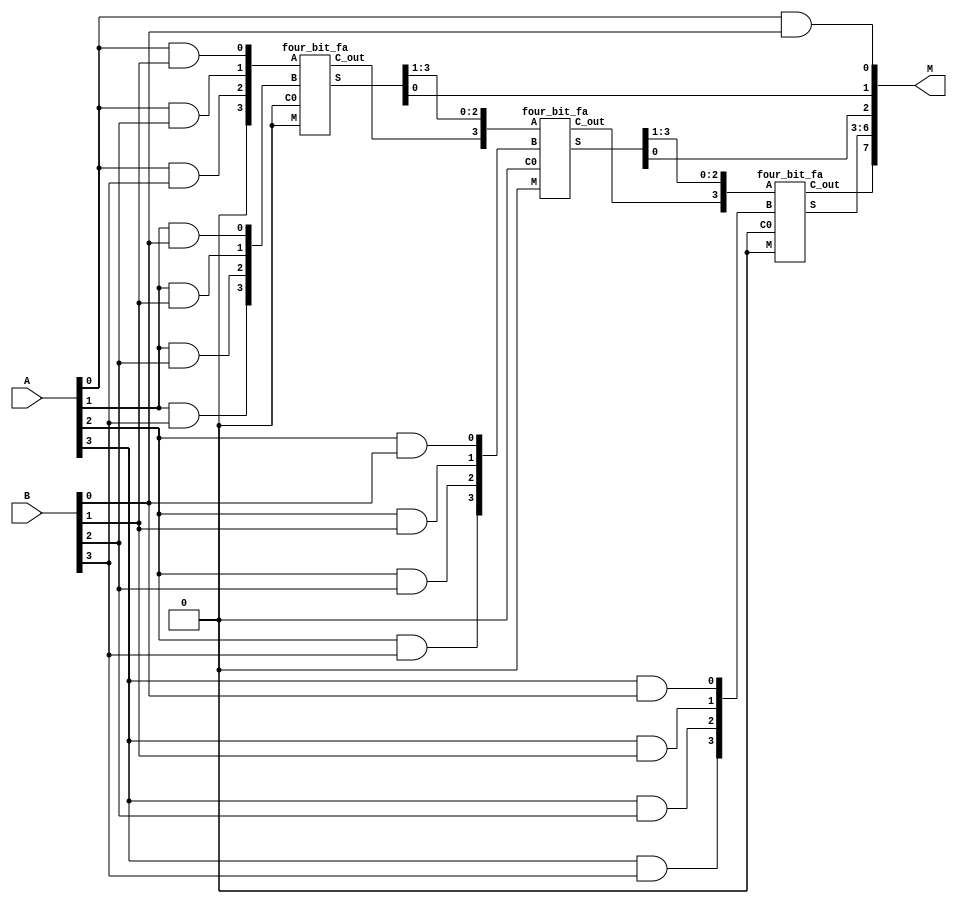
// complete this module
// you SHOULD use the structural coding, 
// which directly describes the hardware 
// components and connections.
// 	Tip: {A,B} is the concatenation of A and B
// 	if A is 3 bit and B is 2 bit, {A,B} is 5 bit.
// 	Example:
// 	for	reg [3:0] A, B;
//	{A[2:0],B[3:2]} is equal to A[2]A[1]A[0]B[3]B[2] (5bit)
module mul4b(M,A,B);
	input [3:0] A, B;
	output [7:0] M;
	wire [3:0] z1,z2,z3,z4,z5,z6,z7,z8,z9,w1,w2,w3;
	wire[2:0] carry;
	
	assign M[0] = A[0]&B[0];
	assign z1[0] = A[0]&B[1];
	assign z1[1] = A[0]&B[2];
	assign z1[2] = A[0]&B[3];
	assign z1[3] = 0;
	
	and(z2[0],A[1],B[0]);
	and(z2[1],A[1],B[1]);
	and(z2[2],A[1],B[2]);
	and(z2[3],A[1],B[3]);
	
	four_bit_fa f0(1'b0,1'b0,z3,carry[0],z1,z2);
	
	assign M[1] = z3[0];
	
	and(z4[0],A[2],B[0]);
	and(z4[1],A[2],B[1]);
	and(z4[2],A[2],B[2]);
	and(z4[3],A[2],B[3]);
	assign w1 = {1'b0, z3[3],z3[2],z3[1]};
	assign z5 = {carry[0], w1[2], w1[1], w1[0]};
	//module four_bit_fa(M,C0,S,C_out, A,B);
	four_bit_fa f1(1'b0,1'b0,z6,carry[1],z5,z4);
	assign M[2] = z6[0];
	
	and(z7[0],A[3],B[0]);
	and(z7[1],A[3],B[1]);
	and(z7[2],A[3],B[2]);
	and(z7[3],A[3],B[3]);
	
	assign w2 = {1'b0,z6[3], z6[2], z6[1], z6[0]}; 
	assign z8 = {carry[1], w2[3], w2[2], w2[1]};
	four_bit_fa f2(1'b0,1'b0,z9,carry[2],z8,z7);
	
	assign M[3] = z9[0];
	assign M[4] = z9[1];
	assign M[5] = z9[2];
	assign M[6] = z9[3];
	assign M[7] = carry[2];
	
endmodule
	// put your code here

module half_adder(C,S,A,B);

output C,S;
input A,B;

xor x0(S,A,B);
and a0(C,A,B);

endmodule

module full_adder(C_out, S, A, B, C_in);

output C_out, S;
input A,B,C_in;
wire C0, C1;
wire S0;

half_adder h0(C0, S0, A, B);
half_adder h1(C1, S, S0, C_in);
or o0(C_out, C1, C0);
endmodule

module four_bit_fa(M,C0,S,C_out, A,B);

output [3:0] S;
output C_out;
wire [4:1] Ci;
input C0, M;
input [3:0] A,B;
wire [3:0] B_N;

xor(B_N[0], B[0], M);
xor(B_N[1], B[1], M);
xor(B_N[2], B[2], M);
xor(B_N[3], B[3], M);

full_adder f0(Ci[1], S[0], A[0], B_N[0], C0);
full_adder f1(Ci[2], S[1], A[1], B_N[1], Ci[1]);
full_adder f2(Ci[3], S[2], A[2], B_N[2], Ci[2]);
full_adder f3(Ci[4], S[3], A[3], B_N[3], Ci[3]);

assign C_out = Ci[4];
endmodule

module testbench();
	reg [3:0] A, B;
	wire [7:0] M;
	wire C;
	mul4b mul0(M,A,B);
	initial begin
		$monitor ("Time=%d, A=%d, B=%d, S=%d",
			$time,A,B,M);
		#10; A = 1; B = 2;
		#10; A = 7; B = 5;
		#10; A = 11; B = 8;
		#10; A = 12; B = 14;
		#10; A = 15; B = 15;
	end
endmodule